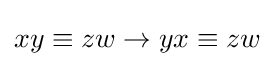
xy\equiv zw\rightarrow yx\equiv zw